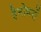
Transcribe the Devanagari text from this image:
हैनोवरों